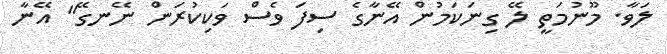
ލަވާ. މޫނުމަތީ ލޭ ގިނަކަމުން އޭނާގެ ސިފަ ވެސް ވަކިކުރަން ނޭނގޭ" އޭނާ